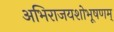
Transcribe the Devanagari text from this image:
अभिराजयशोभूषणम्